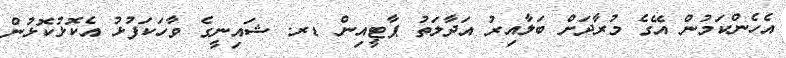
އެހެންކަމުން އޭގެ މުރާދަށް ބަލާއިރު އަދާލަތު ޕާޓީއިން ޑރ. ޝައިނީގެ ވާހަކަފުޅު އެކޮޅުކޮޅުން